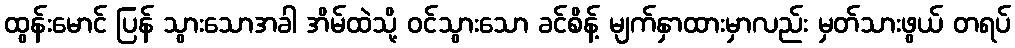
ထွန်းမောင် ပြန် သွားသောအခါ အိမ်ထဲသို့ ဝင်သွားသော ခင်စိန့် မျက်နှာထားမှာလည်း မှတ်သားဖွယ် တရပ်